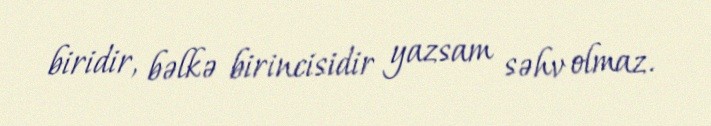
biridir, bəlkə birincisidir yazsam səhv olmaz.